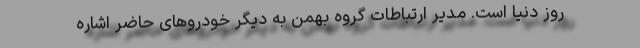
روز دنیا است. مدیر ارتباطات گروه بهمن به دیگر خودروهای حاضر اشاره